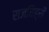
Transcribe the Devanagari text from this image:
राजचिह्रों